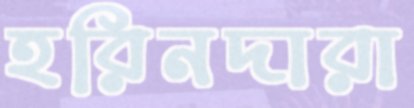
হরিনদারা